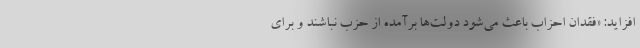
افزاید: «فقدان احزاب باعث می‌شود دولت‌ها برآمده از حزب نباشند و برای